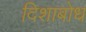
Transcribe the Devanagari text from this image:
दिशाबोध